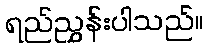
ရည်ညွှန်းပါသည်။